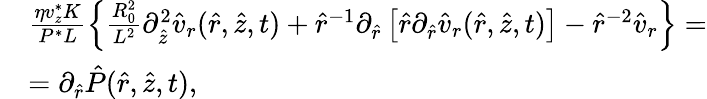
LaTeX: \begin{array}{rl}&{\frac{\eta v_{z}^{*}K}{P^{*}L}\left\{ \frac{R_{0}^{2}}{L^{2}}\partial_{\hat{z}}^{2}\hat{v}_{r}(\hat{r},\hat{z},t)+\hat{r}^{-1}\partial_{\hat{r}}\left[\hat{r}\partial_{\hat{r}}\hat{v}_{r}(\hat{r},\hat{z},t)\right]-\hat{r}^{-2}\hat{v}_{r}\right\} =}\\ &{=\partial_{\hat{r}}\hat{P}(\hat{r},\hat{z},t),}\end{array}